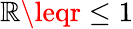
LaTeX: \mathbb{R}\leqr\leq1